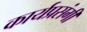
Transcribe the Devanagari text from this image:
कार्यप्रसंगी